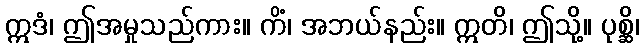
ဣဒံ၊ ဤအမှုသည်ကား။ ကိံ၊ အဘယ်နည်း။ ဣတိ၊ ဤသို့။ ပုစ္ဆိ၊